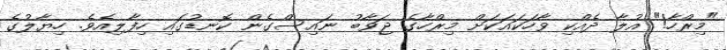
"މިރްހާ!" އުލާ ދެއްކި ވާހަކައަކަށް މިރްހާގެ ޖަވާބު ނައިސްގެން ކޮނޑުގައި ހިފާލިއެވެ. ހިޔާލުގެ